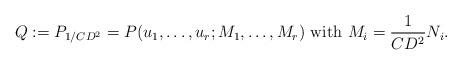
LaTeX: \begin{align*}Q:=P_{1/CD^2} = P(u_1,\dots,u_r; M_1,\dots,M_r) \mbox{ with } M_i=\frac{1}{CD^2}N_i.\end{align*}